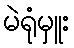
မဲရုံမှူး